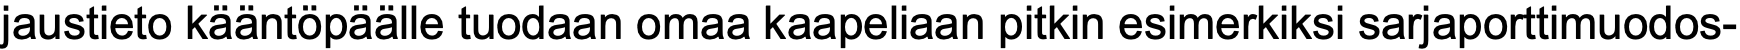
jaustieto kääntöpäälle tuodaan omaa kaapeliaan pitkin esimerkiksi sarjaporttimuodos-